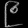
Digit: ၉